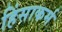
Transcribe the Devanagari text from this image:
हिंसाकर्म